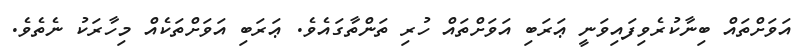
އަވަށްތައް ބިނާކުރެވިފައިވަނީ ޢަރަބި އަވަށްތައް ހުރި ތަންތާގައެވެ. ޢަރަބި އަވަށްތަކެއް މިހާރަކު ނެތެވެ.